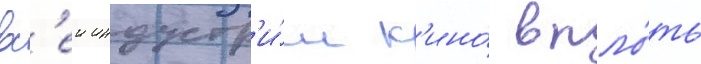
вс'еи индустр'и́и к'ино́ впло́ть